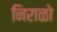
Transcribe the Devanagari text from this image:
निराळो